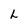
Character: L